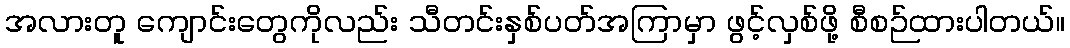
အလားတူ ကျောင်းတွေကိုလည်း သီတင်းနှစ်ပတ်အကြာမှာ ဖွင့်လှစ်ဖို့ စီစဉ်ထားပါတယ်။